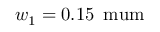
w _ { 1 } = 0 . 1 5 \, \mathrm { \ m u m }